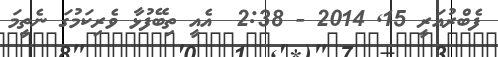
ފެބްރުއަރީ 15